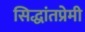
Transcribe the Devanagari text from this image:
सिद्धांतप्रेमी